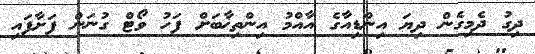
ދިގު ދެމިގެން ދިޔަ އިންޑިއާގެ އާއްމު އިންތިޚާބަށް ފަހު ވޯޓް ގުނަން ފަށާފައި